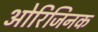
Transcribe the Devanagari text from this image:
ओरिजिनक